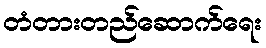
တံတားတည်ဆောက်ရေး